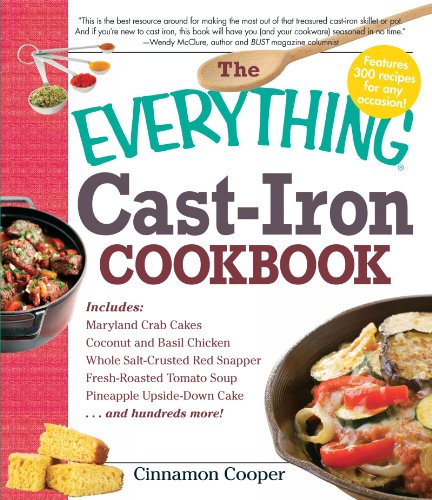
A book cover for The Everything Cast-Iron Cookbook; Cinnamon Cooper; Cookbooks, Food & Wine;